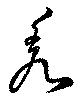
羌